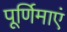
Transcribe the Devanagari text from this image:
पूर्णिमाएं